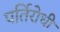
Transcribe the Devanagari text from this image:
पर्तिरोधी